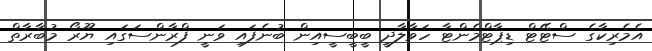
އެމެރިކާގެ ސްޓޭޓް ޑިޕާޓްމެންޓާ ހަވާލާދީ ބީބީސީއިން ބުނެފައި ވަނީ ފްރާންސަގައި ޔޫރޯ މުބާރާތް